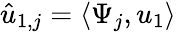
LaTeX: \hat{u}_{1,j}=\langle\Psi_{j},u_{1}\rangle